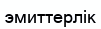
эмиттерлік